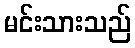
မင်းသားသည်